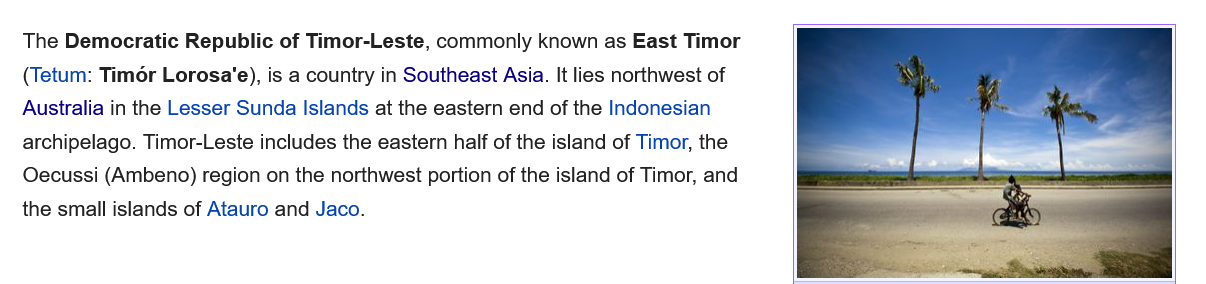
The Democratic Republic of Timor-Leste, commonly known as East Timor
   (Tetum: Tim6r Lorosa’e), is a country in Southeast Asia. It lies northwest of
   Australia in the Lesser Sunda Islands at the eastern end of the Indonesian
   archipelago. Timor-Leste includes the eastern half of the island of Timor, the
   Oecussi (Ambeno) region on the northwest portion of the island of Timor, and
   the small islands of Atauro and Jaco.